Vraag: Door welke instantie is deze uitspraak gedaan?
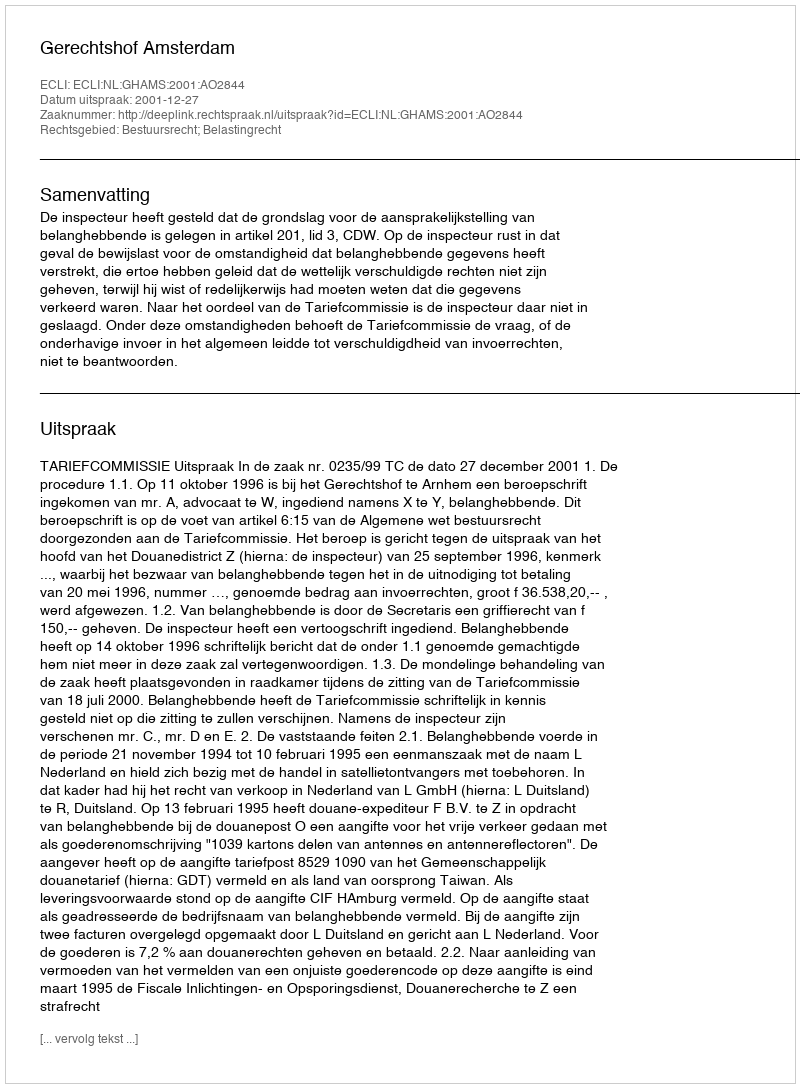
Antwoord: Gerechtshof Amsterdam